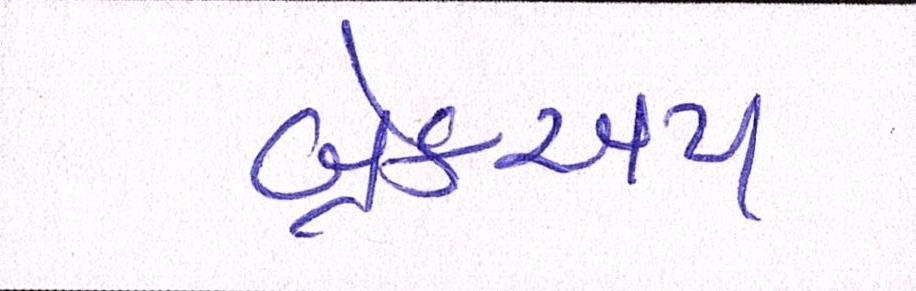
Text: બ્રેકઅપ